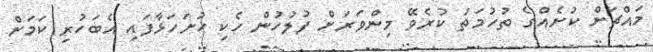
މައްޗަށް ކުށެއްގެ ތުހުމަތު ކުރެވޭ މިންވަރަށް ފުލުހުން ހެކި ހުށަހަޅާފައި އެބަހުރި ކަމަށް